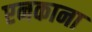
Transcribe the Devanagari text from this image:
एनकाना